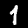
Digit: 1